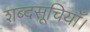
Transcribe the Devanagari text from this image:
शब्दसूचियाँ।